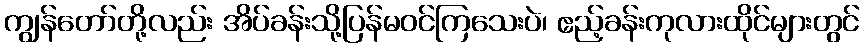
ကျွန်တော်တို့လည်း အိပ်ခန်းသို့ပြန်မဝင်ကြသေးပဲ၊ ဧည့်ခန်းကုလားထိုင်များတွင်